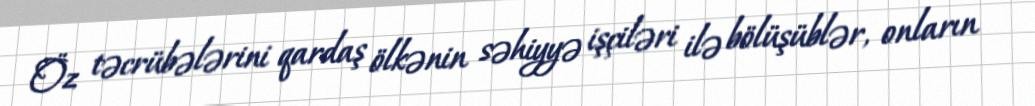
Öz təcrübələrini qardaş ölkənin səhiyyə işçiləri ilə bölüşüblər, onların